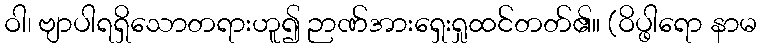
ဝါ၊ ဗျာပါရရှိသောတရားဟူ၍ ဉာဏ်အားရှေးရှုထင်တတ်၏။ (ဝိပ္ဖါရော နာမ